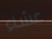
عشاء